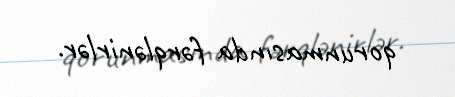
qorunmasında fərqlənirlər.